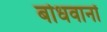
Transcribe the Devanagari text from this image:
बोधवानों